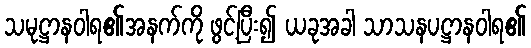
သမုဋ္ဌာနဝါရ၏အနက်ကို ဖွင့်ပြီး၍ ယခုအခါ သာသနပဋ္ဌာနဝါရ၏